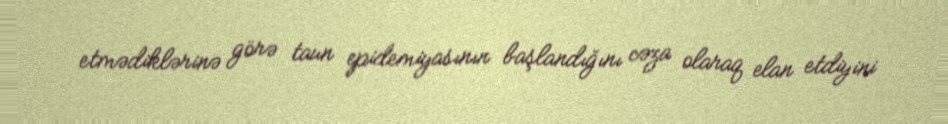
etmədiklərinə görə taun epidemiyasının başlandığını cəza olaraq elan etdiyini